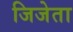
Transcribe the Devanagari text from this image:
जिजेता